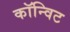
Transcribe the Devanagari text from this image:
कॉन्विट